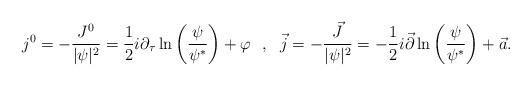
LaTeX: \begin{align*}j^0=-\frac{J^0}{|\psi|^2}=\frac{1}{2}i\partial_\tau\ln\left(\frac{\psi}{\psi^*}\right)+\varphi\ \ ,\ \ \vec{j}=-\frac{\vec{J}}{|\psi|^2}=-\frac{1}{2}i\vec{\partial}\ln\left(\frac{\psi}{\psi^*}\right)+\vec{a}.\end{align*}